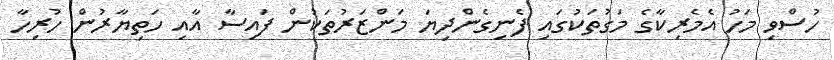
ހުސްވި މަހު އެމެރިކާގެ މަގުތަކުގައި ފެނިގެންދިޔަ މަންޒަރުތަކުން ފައިސާ އާއި ހަތިޔާރުން ހުރިހާ